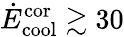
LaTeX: \dot{E}_{\mathrm{cool}}^{\mathrm{cor}}\gtrsim 30